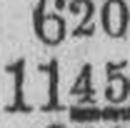
1145